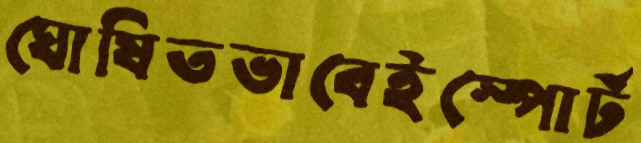
ঘোষিতভাবেইস্পোর্ট